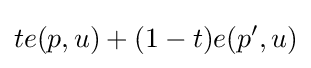
te(p,u)+(1-t)e(p^{\prime },u)